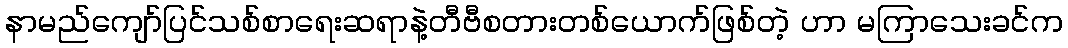
နာမည်ကျော်ပြင်သစ်စာရေးဆရာနဲ့တီဗီစတားတစ်ယောက်ဖြစ်တဲ့ ဟာ မကြာသေးခင်က